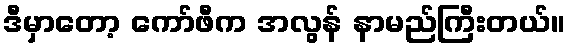
ဒီမှာတော့ ကော်ဖီက အလွန် နာမည်ကြီးတယ်။